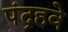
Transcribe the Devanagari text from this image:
पंद्रहवे